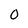
Character: O